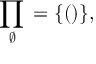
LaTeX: \prod _ { \varnothing } { } = \{ ( ) \} ,